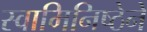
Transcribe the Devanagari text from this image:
स्वामिनिष्ठेने